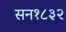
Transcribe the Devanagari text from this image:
सन१८३२